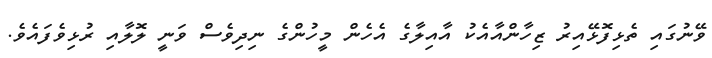
ވޭނުގައި ތެޅިފޮޅޭއިރު ޒިހާންއާއެކު އާއިލާގެ އެހެން މީހުންގެ ނިދިވެސް ވަނީ ލޮލާއި ރުޅިވެފައެވެ.